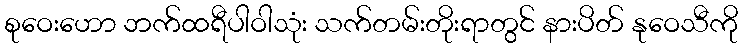
စုဝေးဟော ဘက်ထရီပါဝါသုံး သက်တမ်းတိုးရာတွင် နားပိတ် နုဝေသီကို